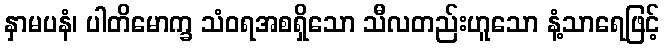
နှာမပနံ၊ ပါတိမောက္ခ သံဝရအစရှိသော သီလတည်းဟူသော နံ့သာရေဖြင့်